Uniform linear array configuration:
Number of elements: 48
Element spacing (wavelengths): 0.25
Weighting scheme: blackman
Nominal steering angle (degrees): -45
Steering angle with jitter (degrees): -45.649
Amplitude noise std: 0.05
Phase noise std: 0.05

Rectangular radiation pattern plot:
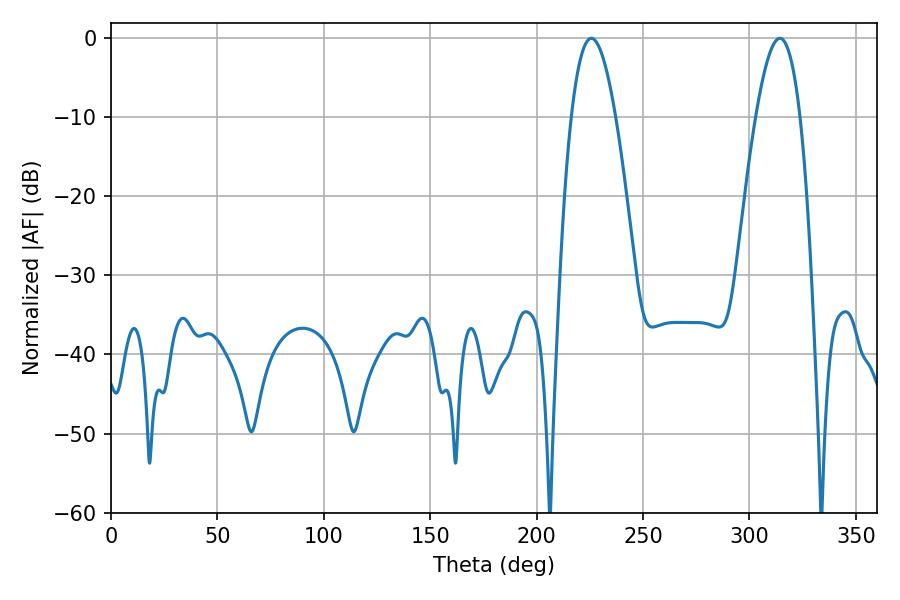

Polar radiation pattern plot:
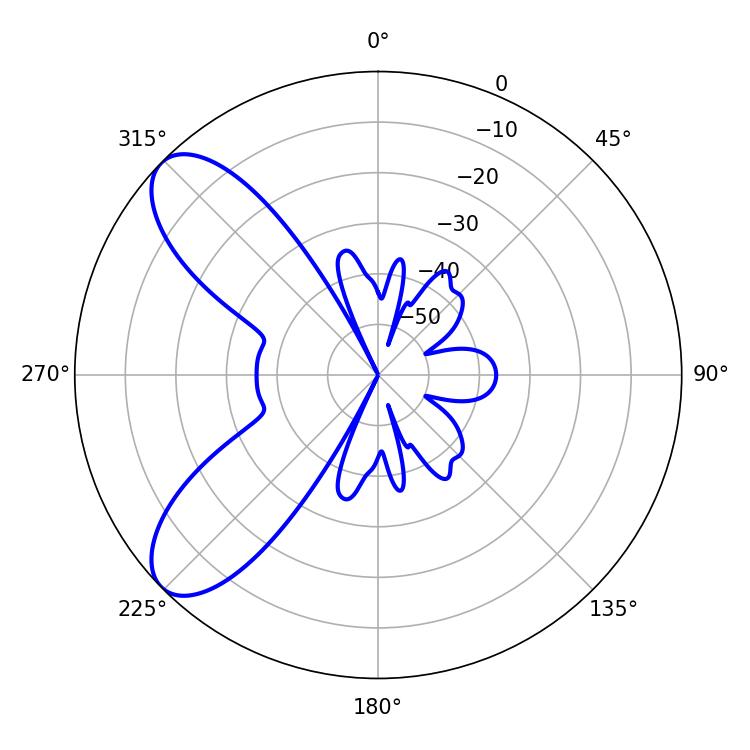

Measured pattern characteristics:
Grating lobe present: FALSE
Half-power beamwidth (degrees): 11.34
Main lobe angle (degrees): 225.72